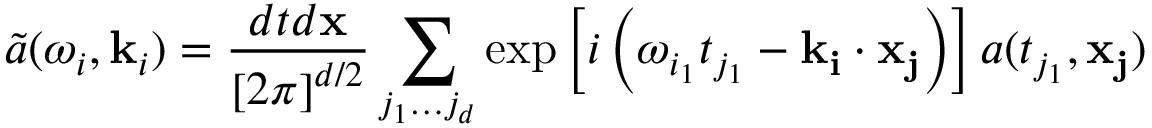
\tilde { a } ( \omega _ { i } , \mathbf { k } _ { i } ) = \frac { d t d \mathbf { x } } { \left[ 2 \pi \right] ^ { d / 2 } } \sum _ { j _ { 1 } \ldots j _ { d } } \exp \left[ i \left( \omega _ { i _ { 1 } } t _ { j _ { 1 } } - \mathbf { k } _ { \mathbf { i } } \cdot \mathbf { x } _ { \mathbf { j } } \right) \right] a ( t _ { j _ { 1 } } , \mathbf { x } _ { \mathbf { j } } )